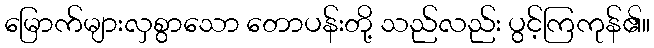
မြောက်များလှစွာသော တောပန်းတို့ သည်လည်း ပွင့်ကြကုန်၏။